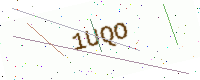
Text: 1UQO